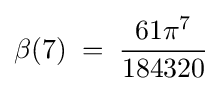
\beta (7)\;=\;{\frac {61\pi ^{7}}{184320}}